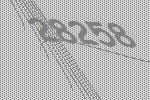
28258